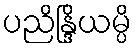
ပညိန္ဒြိယမ္ပိ